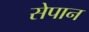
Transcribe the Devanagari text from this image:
सेपान